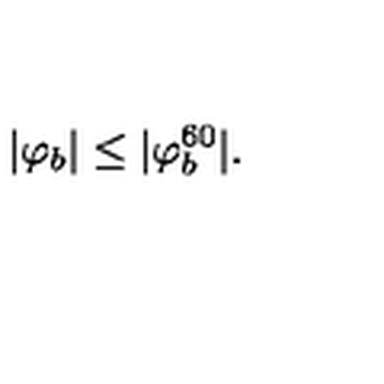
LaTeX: | \varphi _ { b } | \leq | \varphi _ { b } ^ { 6 0 } | .